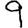
Digit: 9